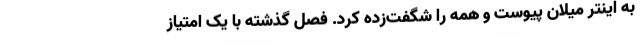
به اینتر میلان پیوست و همه را شگفت‌زده کرد. فصل گذشته با یک امتیاز